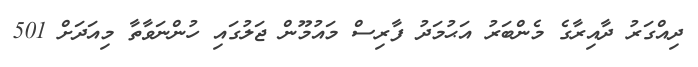
ދިއްގަރު ދާއިރާގެ މެންބަރު އަޙުމަދު ފާރިސް މައުމޫން ޖަލުގައި ހުންނަވާތާ މިއަދަށް 501